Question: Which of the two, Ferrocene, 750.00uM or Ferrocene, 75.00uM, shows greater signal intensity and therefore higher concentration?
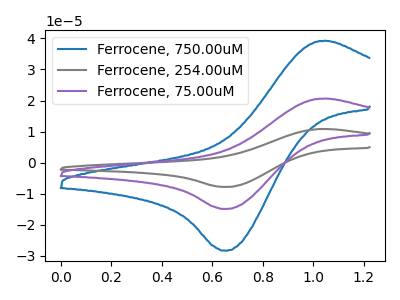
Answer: <think>The blue curve "Ferrocene, 750.00uM" has an anodic peak at (1.05V, 39.25uA) and a cathodic peak at (0.65V, -28.30uA). The gray curve "Ferrocene, 254.00uM" has an anodic peak at (1.05V, 41.30uA) and a cathodic peak at (0.65V, -29.80uA). The purple curve "Ferrocene, 75.00uM" has an anodic peak at (1.05V, 20.65uA) and a cathodic peak at (0.65V, -14.90uA).
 All the peaks in "Ferrocene, 750.00uM" have a peak in "Ferrocene, 75.00uM" at the same potential. Every peak in "Ferrocene, 750.00uM" is higher than every peak in "Ferrocene, 75.00uM".</think>
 <answer>"Ferrocene, 750.00uM" has more signal than "Ferrocene, 75.00uM" and so likely has a higher concentration.</answer>
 <eval>more_concentration</eval>